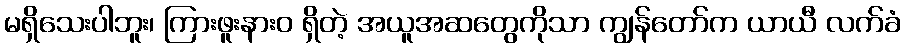
မရှိသေးပါဘူး၊ ကြားဖူးနားဝ ရှိတဲ့ အယူအဆတွေကိုသာ ကျွန်တော်က ယာယီ လက်ခံ